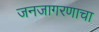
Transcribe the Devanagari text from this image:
जनजागरणाचा